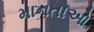
માનતાઓ